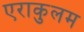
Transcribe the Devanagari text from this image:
एराकुलम